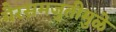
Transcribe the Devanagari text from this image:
गैरसमजुतीमुळे